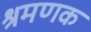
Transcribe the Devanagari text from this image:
श्रमणक